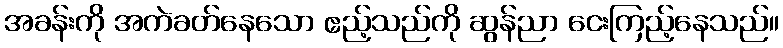
အခန်းကို အကဲခတ်နေသော ဧည့်သည်ကို ဆွန်ညာ ငေးကြည့်နေသည်။